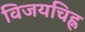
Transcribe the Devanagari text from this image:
विजयचिह्न